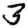
Digit: 3